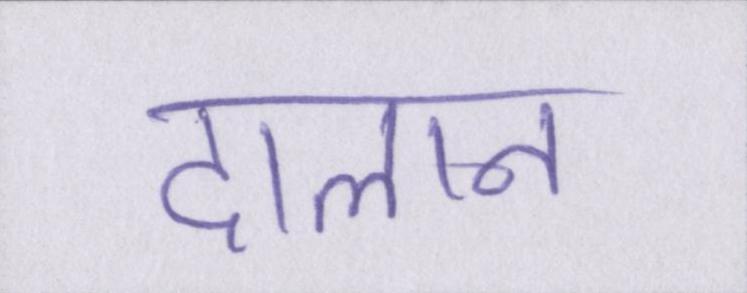
दालान